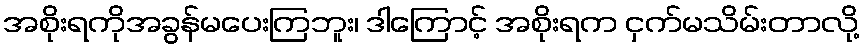
အစိုးရကိုအခွန်မပေးကြဘူး၊ ဒါကြောင့် အစိုးရက ငှက်မသိမ်းတာလို့